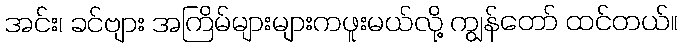
အင်း၊ ခင်ဗျား အကြိမ်များများကဖူးမယ်လို့ ကျွန်တော် ထင်တယ်။